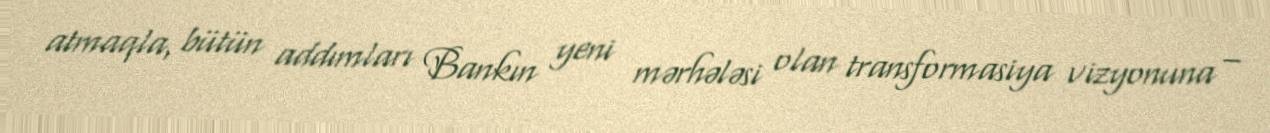
atmaqla, bütün addımları Bankın yeni mərhələsi olan transformasiya vizyonuna –